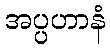
အပ္ပဟာနံ